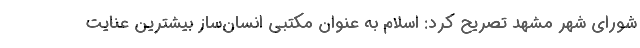
شورای شهر مشهد تصریح کرد: اسلام به عنوان مکتبی انسان‌ساز بیشترین عنایت